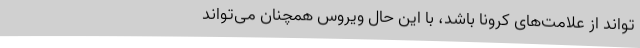
‌تواند از ‌علامت‌های کرونا باشد، با این حال ویروس همچنان می‌تواند